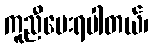
ကူညီပေးရပါတယ်၊